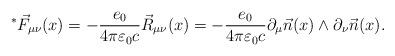
LaTeX: \begin{align*}^*\vec{F}_{\mu\nu}(x)=-\frac{e_0}{4\pi \varepsilon_0 c}\vec{R}_{\mu\nu}(x)=-\frac{e_0}{4\pi \varepsilon_0 c}\partial_{\mu}\vec{n}(x)\wedge\partial_{\nu}\vec{n}(x).\end{align*}